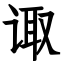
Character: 诹